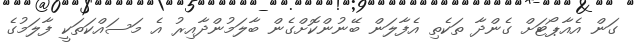
ގަން އެއާޕޯޓަށް ގެންދާ ތަކެތި އެފާލަން ބޭނުންކޮށްގެން ބާލަމުންދާއިރު އެ މަސައްކަތަކީ ފާލަމުގެ